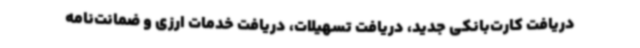
دریافت کارت‌بانکی جدید، دریافت تسهیلات، دریافت خدمات ارزی و ضمانت‌نامه